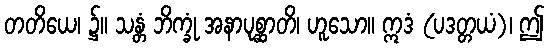
တတိယေ၊ ၌။ သန္တံ ဘိက္ခုံ အနာပုစ္ဆာတိ၊ ဟူသော။ ဣဒံ (ပဒတ္တယံ)၊ ဤ